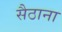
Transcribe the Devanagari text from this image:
सैठाना